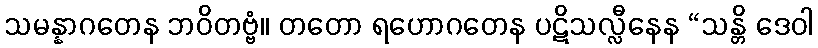
သမန္နာဂတေန ဘဝိတဗ္ဗံ။ တတော ရဟောဂတေန ပဋိသလ္လီနေန “သန္တိ ဒေဝါ